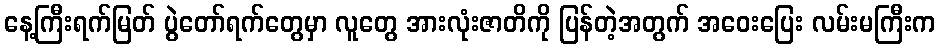
နေ့ကြီးရက်မြတ် ပွဲတော်ရက်တွေမှာ လူတွေ အားလုံးဇာတိကို ပြန်တဲ့အတွက် အဝေးပြေး လမ်းမကြီးက